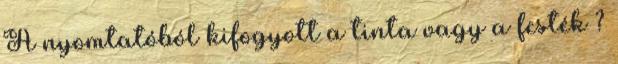
A nyomtatóból kifogyott a tinta vagy a festék ?